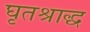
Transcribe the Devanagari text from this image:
घृतश्राद्ध